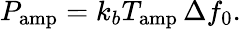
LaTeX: P_{\mathrm{amp}}=k_{b}T_{\mathrm{amp}}\, \Delta f_{0}.